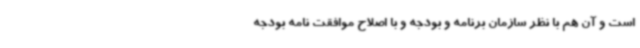
است و آن هم با نظر سازمان برنامه و بودجه و با اصلاح موافقت نامه بودجه